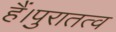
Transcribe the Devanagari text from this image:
हैं।पुरातत्व